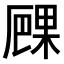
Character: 𠪧